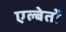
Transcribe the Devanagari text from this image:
एल्बेर्तो